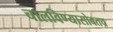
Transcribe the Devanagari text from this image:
चालविण्यासोबतच